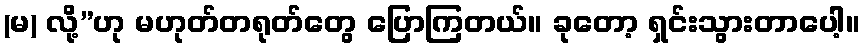
(မ) လို့”ဟု မဟုတ်တရုတ်တွေ ပြောကြတယ်။ ခုတော့ ရှင်းသွားတာပေါ့။